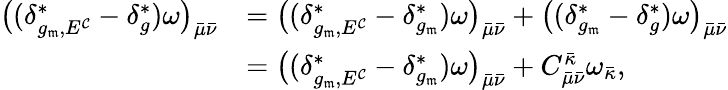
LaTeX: \begin{array}{rl}{\bigl((\delta_{g_{\mathfrak{m}},E^{\mathcal C}}^{*}-\delta_{g}^{*})\omega\bigr)_{\bar{\mu}\bar{\nu}}}&{=\bigl((\delta_{g_{\mathfrak{m}},E^{\mathcal C}}^{*}-\delta_{g_{\mathfrak{m}}}^{*})\omega\bigr)_{\bar{\mu}\bar{\nu}}+\bigl((\delta_{g_{\mathfrak{m}}}^{*}-\delta_{g}^{*})\omega\bigr)_{\bar{\mu}\bar{\nu}}}\\ &{=\bigl((\delta_{g_{\mathfrak{m}},E^{\mathcal C}}^{*}-\delta_{g_{\mathfrak{m}}}^{*})\omega\bigr)_{\bar{\mu}\bar{\nu}}+C_{\bar{\mu}\bar{\nu}}^{\bar{\kappa}}\omega_{\bar{\kappa}},}\end{array}